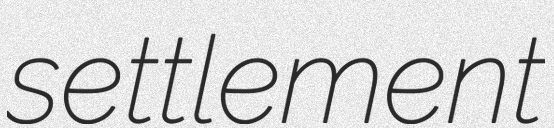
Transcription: settlement